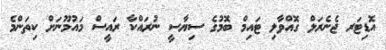
އޮޑިޓަރ ޖެނެރަލް ގޮއްވާލި ޓައިމް ބޮމުގެ ސިޔާސީ ނުރައްކާ ރައީސް މައުމޫނަށް ކިތަންމެ